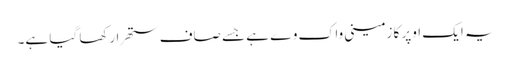
یہ ایک اوپر کا زمینی واک وے ہے جسے صاف ستھرا رکھا گیا ہے۔